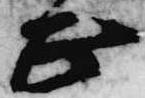
正